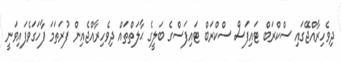
ދިވެހިރާއްޖޭގައި ސްކްރަބް ޓައިފަސް ސްކްރަބް ޓައިފަސްގެ ބަލީގެ ޙާލަތްތައް ދިވެހިރާއްޖެއިން ފުރަތަމަ ފާހަގަވެފައިވަނީ